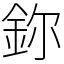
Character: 鉨